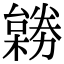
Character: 𠢺